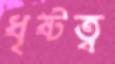
ধৃষ্টত্ব